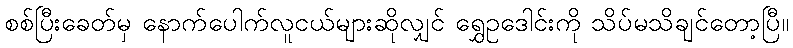
စစ်ပြီးခေတ်မှ နောက်ပေါက်လူငယ်များဆိုလျှင် ရွှေဥဒေါင်းကို သိပ်မသိချင်တော့ပြီ။